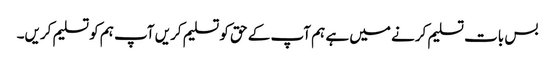
بس بات تسلیم کرنے میں ہے ہم آپ کے حق کو تسلیم کریں آپ ہم کو تسلیم کریں۔